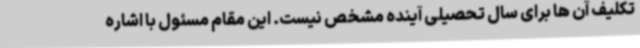
تکلیف آن ها برای سال تحصیلی آینده مشخص نیست. این مقام مسئول با اشاره